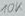
Text: 10K